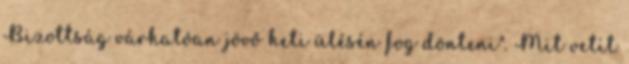
Bizottság várhatóan jövő heti ülésén fog dönteni". Mit vetít